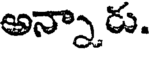
అన్నారు.